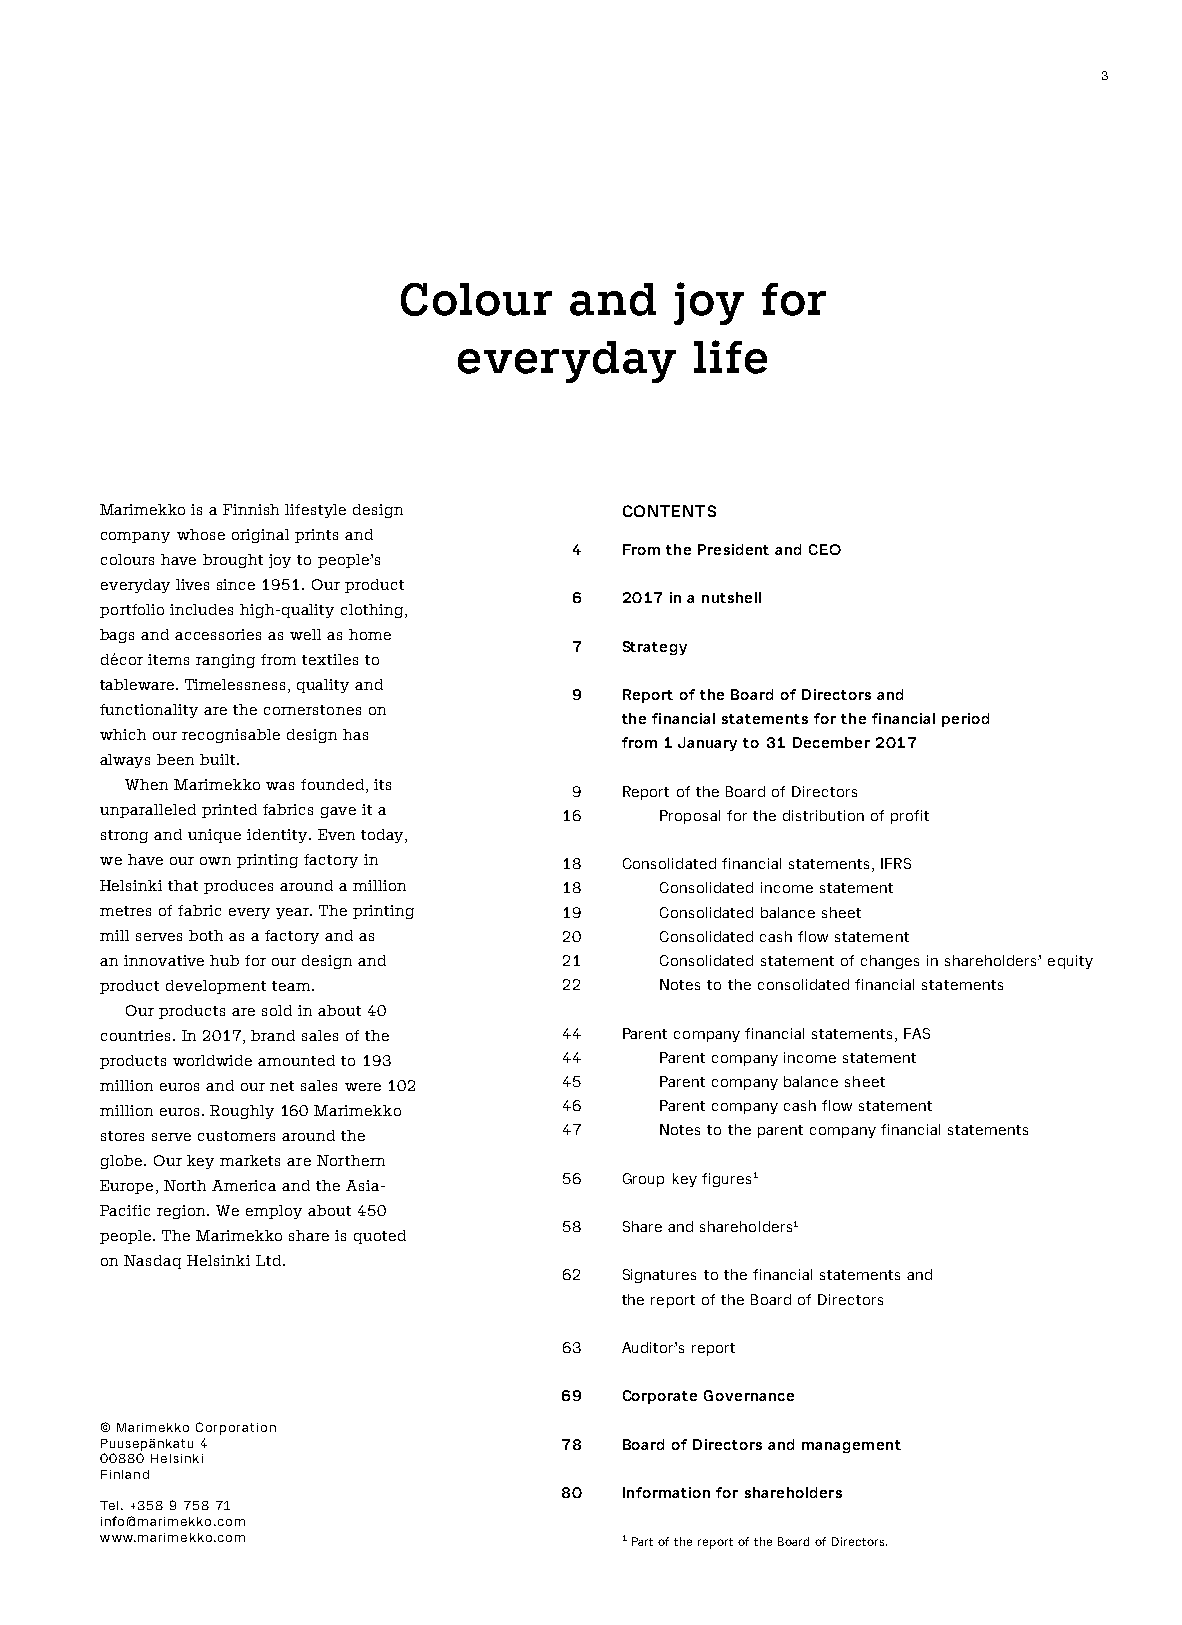
3
 Colour      and    joy  for
 everyday        life
 Marimekko is a Finnish lifestyle design CONTENTS
 company whose original prints and
 4  From the President and CEO
 colours have brought joy to people’s
 everyday lives since 1951. Our product
 6  2017 in a nutshell
 portfolio includes high-quality clothing,
 bags and accessories as well as home
 7  Strategy
 décor items ranging from textiles to
 tableware. Timelessness, quality and
 9  Report of the Board of Directors and
 functionality are the cornerstones on
 the financial statements for the financial period
 which our recognisable design has
 from 1 January to 31 December 2017
 always been built.
 When Marimekko was founded, its
 9  Report of the Board of Directors
 unparalleled printed fabrics gave it a 16 Proposal for the distribution of profit
 strong and unique identity. Even today,
 we have our own printing factory in 18 Consolidated financial statements, IFRS
 Helsinki that produces around a million 18 Consolidated income statement
 metres of fabric every year. The printing 19 Consolidated balance sheet
 mill serves both as a factory and as 20 Consolidated cash flow statement
 an innovative hub for our design and 21 Consolidated statement of changes in shareholders’ equity
 product development team.     22     Notes to the consolidated financial statements
 Our products are sold in about 40
 countries. In 2017, brand sales of the 44 Parent company financial statements, FAS
 products worldwide amounted to 193 44 Parent company income statement
 million euros and our net sales were 102 45 Parent company balance sheet
 million euros. Roughly 160 Marimekko 46 Parent company cash flow statement
 stores serve customers around the 47 Notes to the parent company financial statements
 globe. Our key markets are Northern
 56  Group key figures1
 Europe, North America and the Asia-
 Pacific region. We employ about 450
 58  Share and shareholders1
 people. The Marimekko share is quoted
 on Nasdaq Helsinki Ltd.
 62  Signatures to the financial statements and
 the report of the Board of Directors
 63  Auditor’s report
 69  Corporate Governance
 © Marimekko Corporation
 Puusepänkatu 4                78  Board of Directors and management
 00880 Helsinki
 Finland
 80  Information for shareholders
 Tel. +358 9 758 71
 info@marimekko.com
 www.marimekko.com                 1 Part of the report of the Board of Directors.